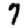
Digit: 7